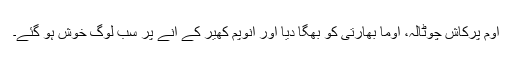
اوم پرکاش چوٹالہ، اوما بھارتی کو بھگا دیا اور انوپم کھیر کے آنے پر سب لوگ خوش ہو گئے۔